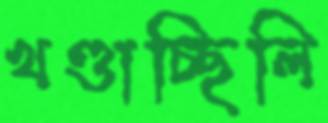
খণ্ডাচ্ছিলি